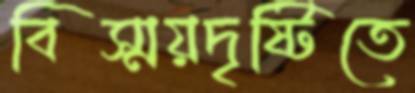
বিস্ময়দৃষ্টিতে